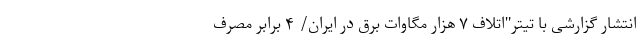
انتشار گزارشی با تیتر"اتلاف ۷ هزار مگاوات برق در ایران/ ۴ برابر مصرف